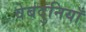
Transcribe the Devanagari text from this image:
वेबदुनियाँ